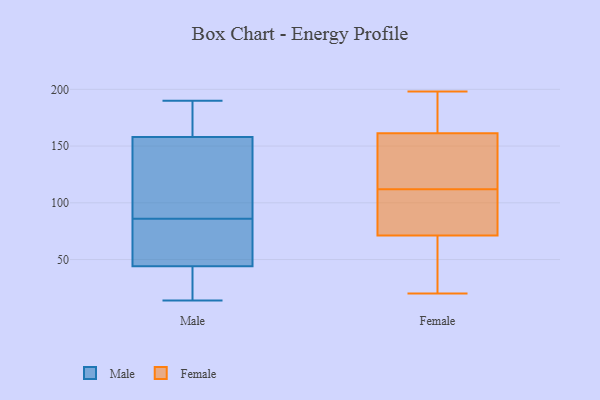
{"axis": {"x": "Satisfaction Score", "y": "Value"}, "legend": ["Female", "Male"], "data": [{"x": "", "y": 44, "type": "Male"}, {"x": "", "y": 51, "type": "Male"}, {"x": "", "y": 156, "type": "Male"}, {"x": "", "y": 158, "type": "Male"}, {"x": "", "y": 161, "type": "Male"}, {"x": "", "y": 170, "type": "Male"}, {"x": "", "y": 46, "type": "Male"}, {"x": "", "y": 14, "type": "Male"}, {"x": "", "y": 19, "type": "Male"}, {"x": "", "y": 141, "type": "Male"}, {"x": "", "y": 190, "type": "Male"}, {"x": "", "y": 56, "type": "Male"}, {"x": "", "y": 116, "type": "Male"}, {"x": "", "y": 44, "type": "Male"}, {"x": "", "y": 156, "type": "Female"}, {"x": "", "y": 112, "type": "Female"}, {"x": "", "y": 198, "type": "Female"}, {"x": "", "y": 91, "type": "Female"}, {"x": "", "y": 107, "type": "Female"}, {"x": "", "y": 177, "type": "Female"}, {"x": "", "y": 187, "type": "Female"}, {"x": "", "y": 35, "type": "Female"}, {"x": "", "y": 144, "type": "Female"}, {"x": "", "y": 20, "type": "Female"}, {"x": "", "y": 36, "type": "Female"}, {"x": "", "y": 83, "type": "Female"}, {"x": "", "y": 130, "type": "Female"}]}